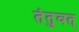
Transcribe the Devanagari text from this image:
तंतुवत्